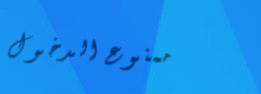
ممنوع الدخول